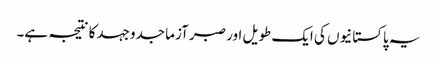
یہ پاکستانیوں کی ایک طویل اور صبر آزما جدوجہد کا نتیجہ ہے۔